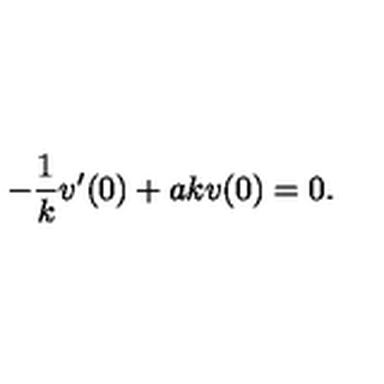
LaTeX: - { \frac { 1 } { k } } v ^ { \prime } ( 0 ) + a k v ( 0 ) = 0 .